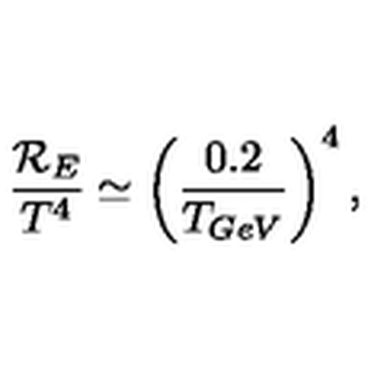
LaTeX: \frac { { \cal R } _ { E } } { T ^ { 4 } } \simeq \left( \frac { 0 . 2 } { T _ { G e V } } \right) ^ { 4 } ,